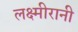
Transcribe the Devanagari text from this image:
लक्ष्मीरानी